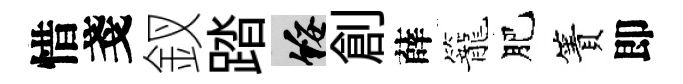
惜戔釵踏綏創薛籠肥簀即